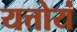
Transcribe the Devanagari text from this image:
यत्तोयं